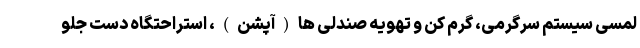
لمسی سیستم سرگرمی، گرم کن و تهویه صندلی ها(آپشن)، استراحتگاه دست جلو